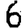
Digit: 6